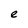
Character: e